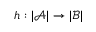
h : | { \mathcal { A } } | \rightarrow | { \mathcal { B } } |